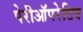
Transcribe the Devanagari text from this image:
पेरीऑपरेटिव